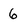
Character: 6